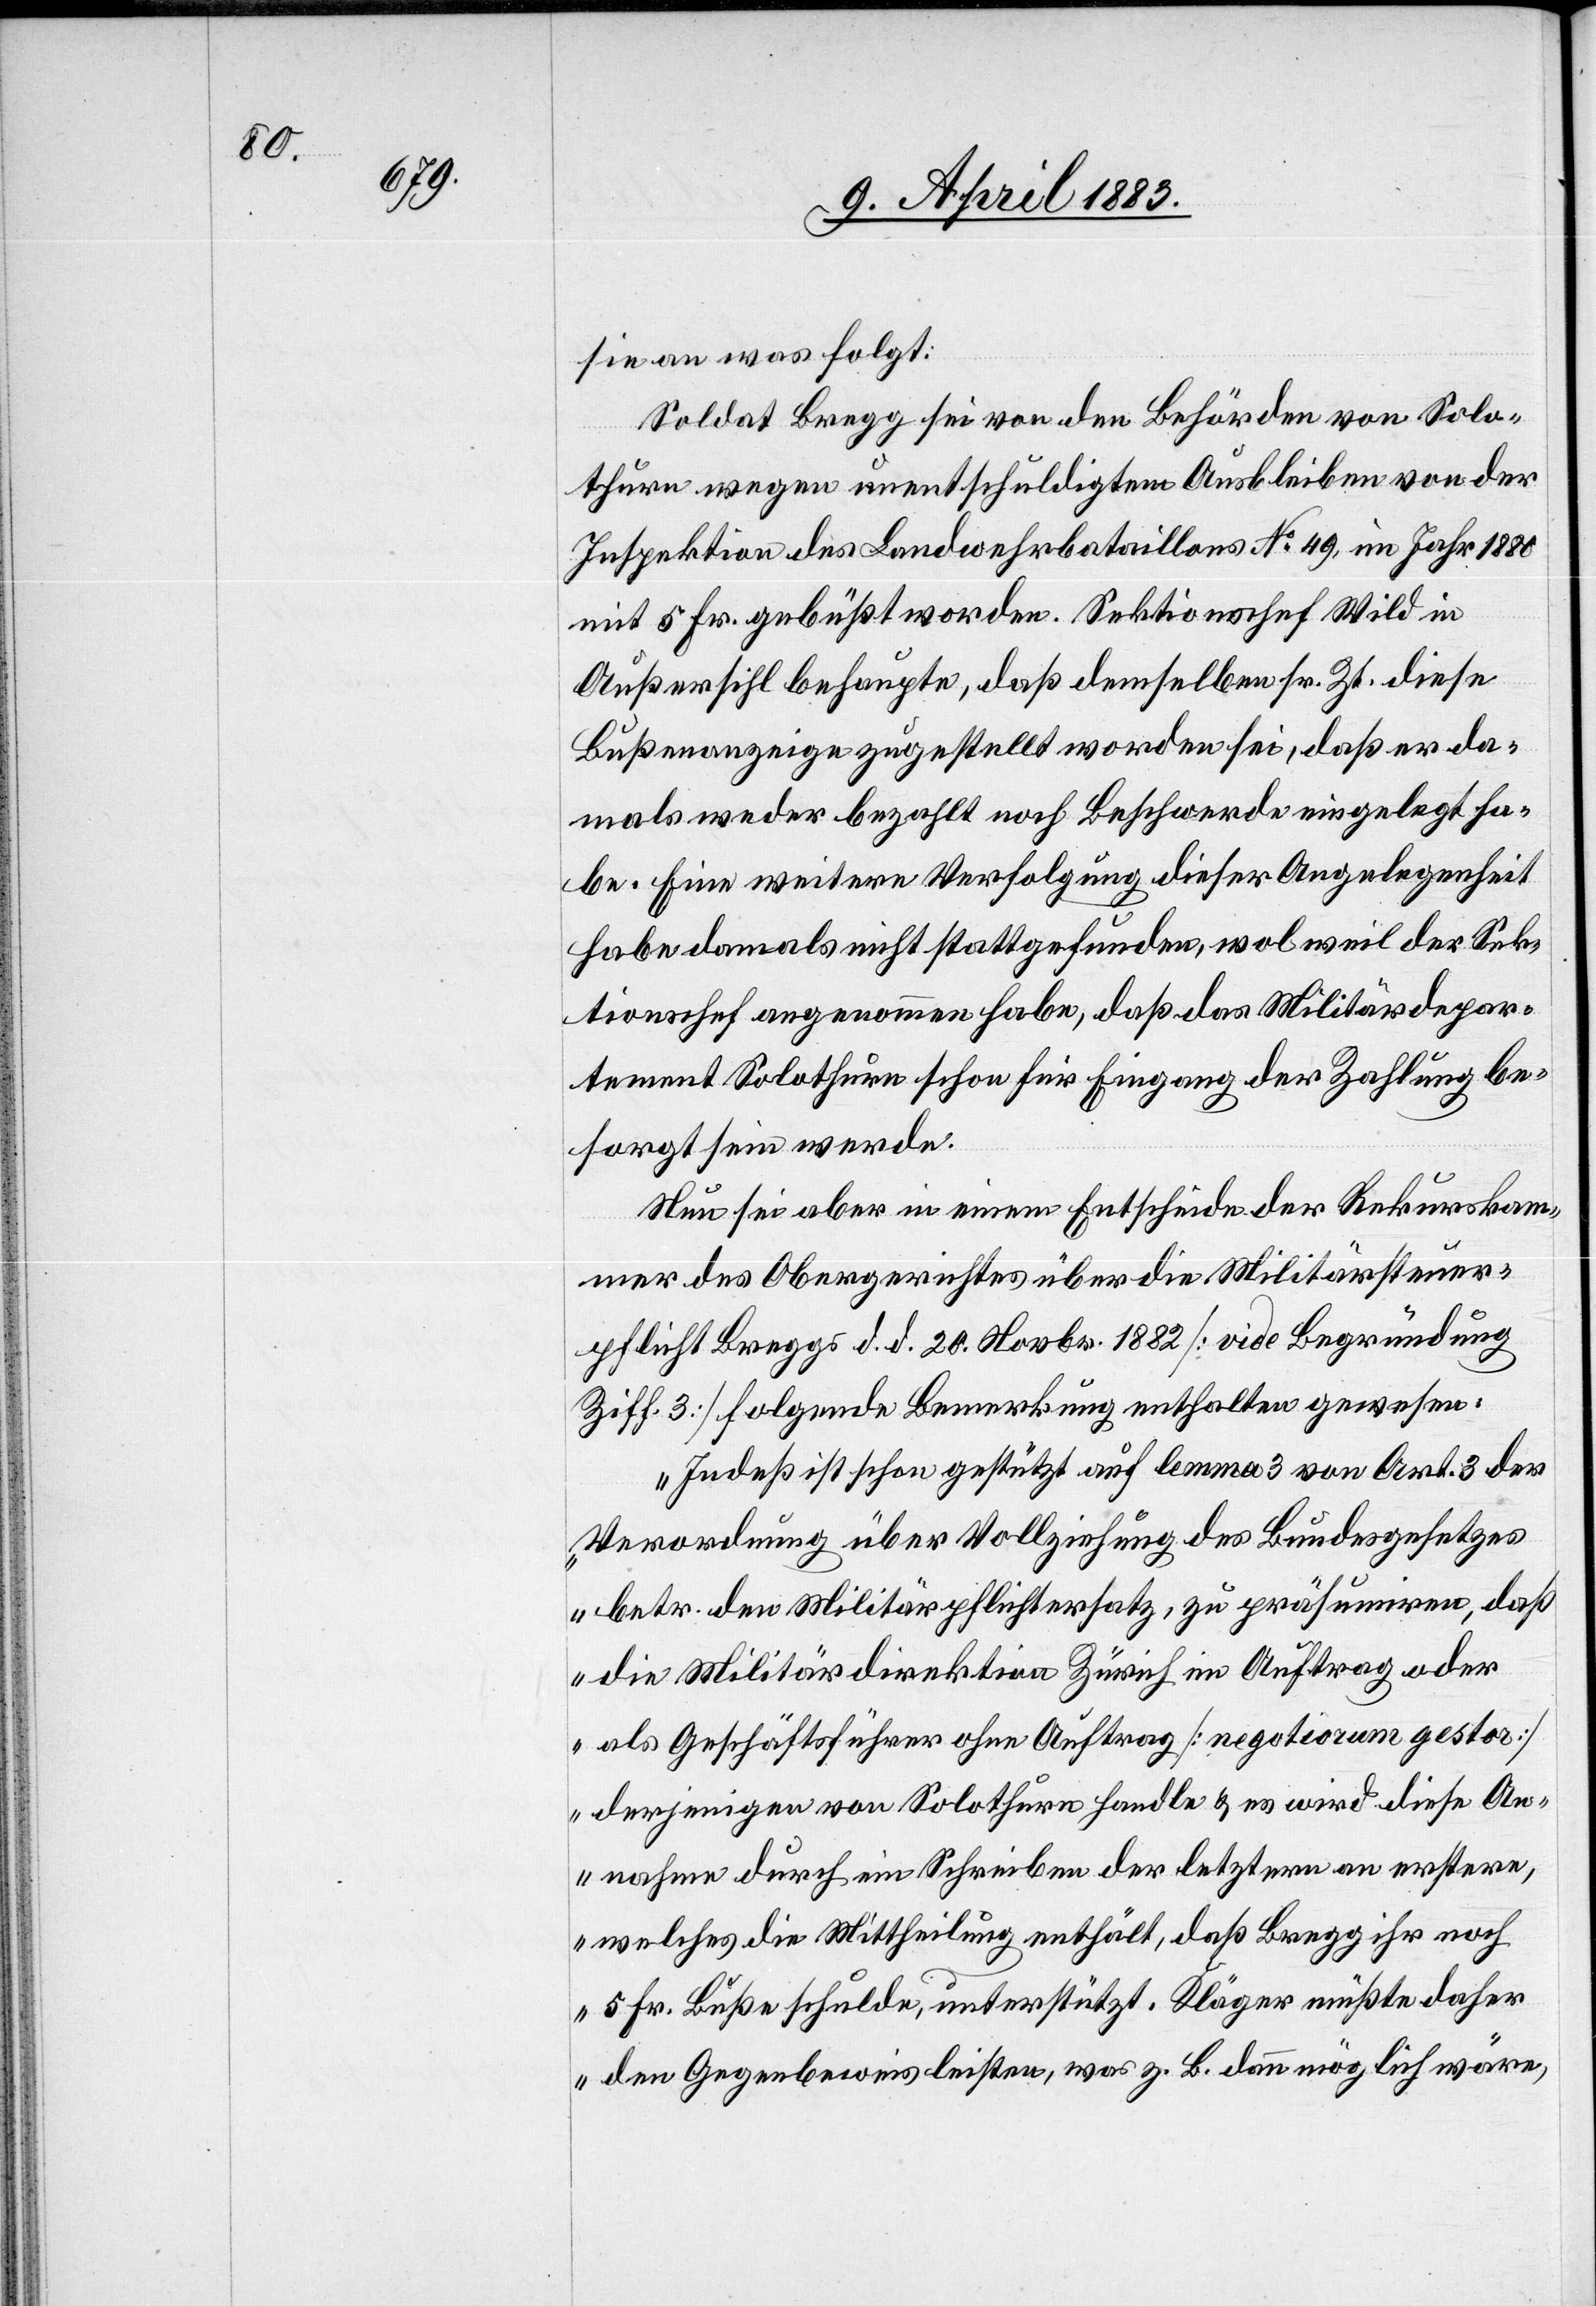
sie an was folgt:
Soldat Bregg sei von den Behörden von Solo¬
thurn wegen unentschuldigtem Ausbleiben von der
Inspektion des Landwehrbataillons No 49 im Jahr 1880
mit 5 Fr. gebüßt worden. Sektionschef Wild in
Außersihl behaupte, daß demselben sr. Zt. diese
Bußenanzeige zugestellt worden sei, daß er da¬
mals weder bezahlt noch Beschwerde eingelegt ha¬
be. Eine weitere Verfolgung dieser Angelegenheit
habe damals nicht stattgefunden, wol weil der Sek¬
tionschef angenommen habe, daß das Militärdepar¬
tement Solothurn schon für Eingang der Zahlung be¬
sorgt sein werde.
Nun sei aber in einem Entscheide der Rekurskam¬
mer des Obergerichtes über die Militärsteuer¬
pflicht Breggs d. d. 20. Novbr. 1882 [vide Begründung
Ziff. 3] folgende Bemerkung enthalten gewesen:
„Indeß ist schon gestützt auf lemma 3 von Art. 3 der
Verordnung über Vollziehung des Bundesgesetzes
betr. den Militärpflichtersatz, zu präsumiren, daß
die Militärdirektion Zürich im Auftrag oder
als Geschäftsführer ohne Auftrag [negotiorum gesta]
derjenigen von Solothurn handle & es wird diese An¬
nahme durch ein Schreiben der letztern an erstere,
welches die Mittheilung enthält, daß Bregg ihr noch
5 Fr. Buße schulde, unterstützt. Kläger müßte daher
den Gegenbeweis leisten, was z. B. dann möglich wäre,